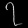
Digit: ၇